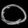
Digit: ၀